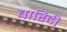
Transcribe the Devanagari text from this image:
बारिदी